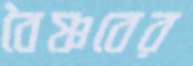
বৈষ্ণবের